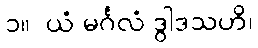
၁။  ယံ မင်္ဂလံ ဒွါဒသဟိ၊